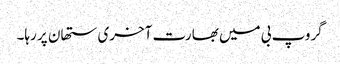
گروپ بی میں بھارت آخری ستھان پر رہا۔